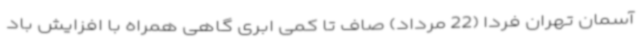
آسمان تهران فردا (22 مرداد) صاف تا کمی ابری گاهی همراه با افزایش باد